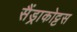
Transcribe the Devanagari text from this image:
सैंड्राकोट्टस